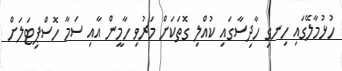
ހުޅުމާލޭގައި ހިނގި ހާދިސާގައި ކުއްލި ގޮތަކަށް މަރުވި ހާމީން އާއި ސަމާ ހޮސްޕިޓަލަށް